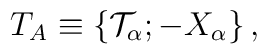
T_{A}\equiv\left\{{\cal T}_{\alpha};-X_{\alpha}\right\},